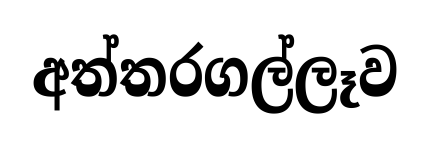
අත්තරගල්ලෑව